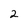
Character: 2